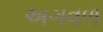
અગવળ